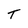
Character: T